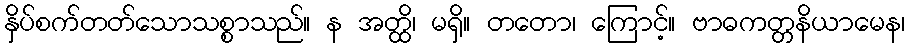
နှိပ်စက်တတ်သောသစ္စာသည်။ န အတ္ထိ၊ မရှိ။ တတော၊ ကြောင့်။ ဗာဓကတ္တနိယာမေန၊